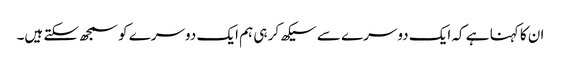
ان کا کہنا ہے کہ ایک دوسرے سے سیکھ کر ہی ہم ایک دوسرے کو سمجھ سکتے ہیں۔